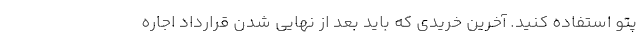
پتو استفاده کنید. آخرین خریدی که باید بعد از نهایی شدن قرارداد اجاره